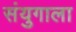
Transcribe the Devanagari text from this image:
संयुगाला